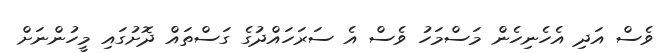
ވެސް އަދި އެހެނިހެން މަސްމަހު ވެސް އެ ސަރަހައްދުގެ ގަސްތައް ދޮށުގައި މީހުންނަށް